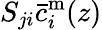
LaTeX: S_{ji}\bar{c}_{i}^{\mathrm{m}}(z)